Vaccine operations Central Provinces 1886-1899 - 1886-1899
Year: 1886
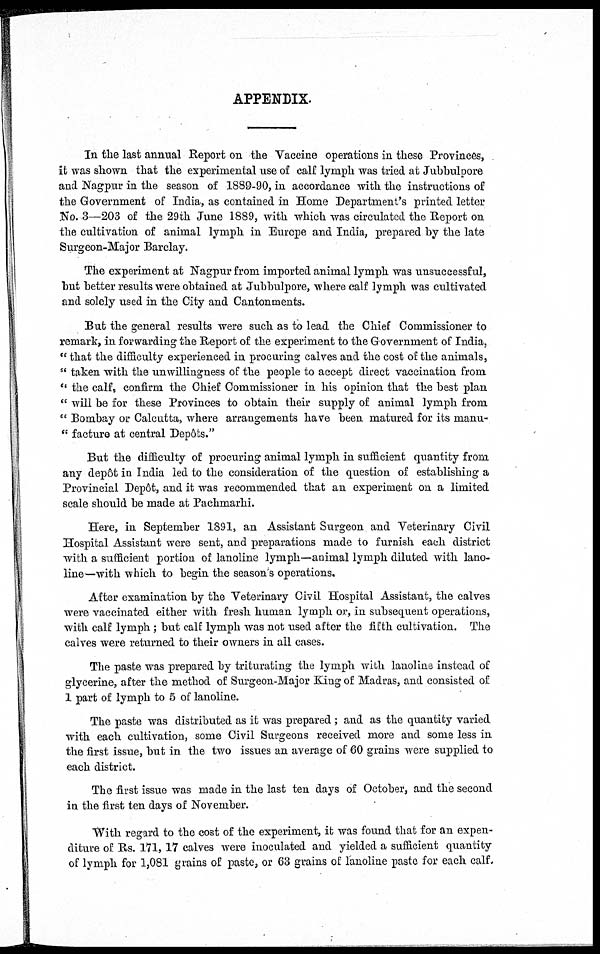
APPENDIX.
In the last annual Report on the Vaccine operations in these Provinces,
it was shown that the experimental use of calf lymph was tried at Jubbulpore
and Nagpur in the season of 1889-90, in accordance with the instructions of
the Government of India, as contained in Home Department's printed letter
No. 3—203 of the 29th June 1889, with which was circulated the Report on
the cultivation of animal lymph in Europe and India, prepared by the late
Surgeon-Major Barclay.
The experiment at Nagpur from imported animal lymph was unsuccessful,
but better results were obtained at Jubbulpore, where calf lymph was cultivated
and solely used in the City and Cantonments.
But the general results were such as to lead the Chief Commissioner to
remark, in forwarding the Report of the experiment to the Government of India,
" that the difficulty experienced in procuring calves and the cost of the animals,
" taken with the unwillingness of the people to accept direct vaccination from
" the calf, confirm the Chief Commissioner in his opinion that the best plan
" will be for these Provinces to obtain their supply of animal lymph from
" Bombay or Calcutta, where arrangements have been matured for its manu¬
" facture at central Depôts."
But the difficulty of procuring animal lymph in sufficient quantity from
any depôt in India led to the consideration of the question of establishing a
Provincial Depôt, and it was recommended that an experiment on a limited
scale should be made at Pachmarhi.
Here, in September 1891, an Assistant Surgeon and Veterinary Civil
Hospital Assistant were sent, and preparations made to furnish each district
with a sufficient portion of lanoline lymph—animal lymph diluted with lano¬
line—with which to begin the season's operations.
After examination by the Veterinary Civil Hospital Assistant, the calves
were vaccinated either with fresh human lymph or, in subsequent operations,
with calf lymph ; but calf lymph was not used after the fifth cultivation. The
calves were returned to their owners in all cases.
The paste was prepared by triturating the lymph with lanoline instead of
glycerine, after the method of Surgeon-Major King of Madras, and consisted of
1 part of lymph to 5 of lanoline.
The paste was distributed as it was prepared; and as the quantity varied
with each cultivation, some Civil Surgeons received more and some less in
the first issue, but in the two issues an average of 60 grains were supplied to
each district.
The first issue was made in the last ten days of October, and the second
in the first ten days of November.
"With regard to the cost of the experiment, it was found that for an expen-
diture of Rs. 171, 17 calves were inoculated and yielded a sufficient quantity
of lymph for 1,081 grains of paste, or 63 grains of lanoline paste for each calf.